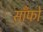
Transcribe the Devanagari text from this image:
साँफो